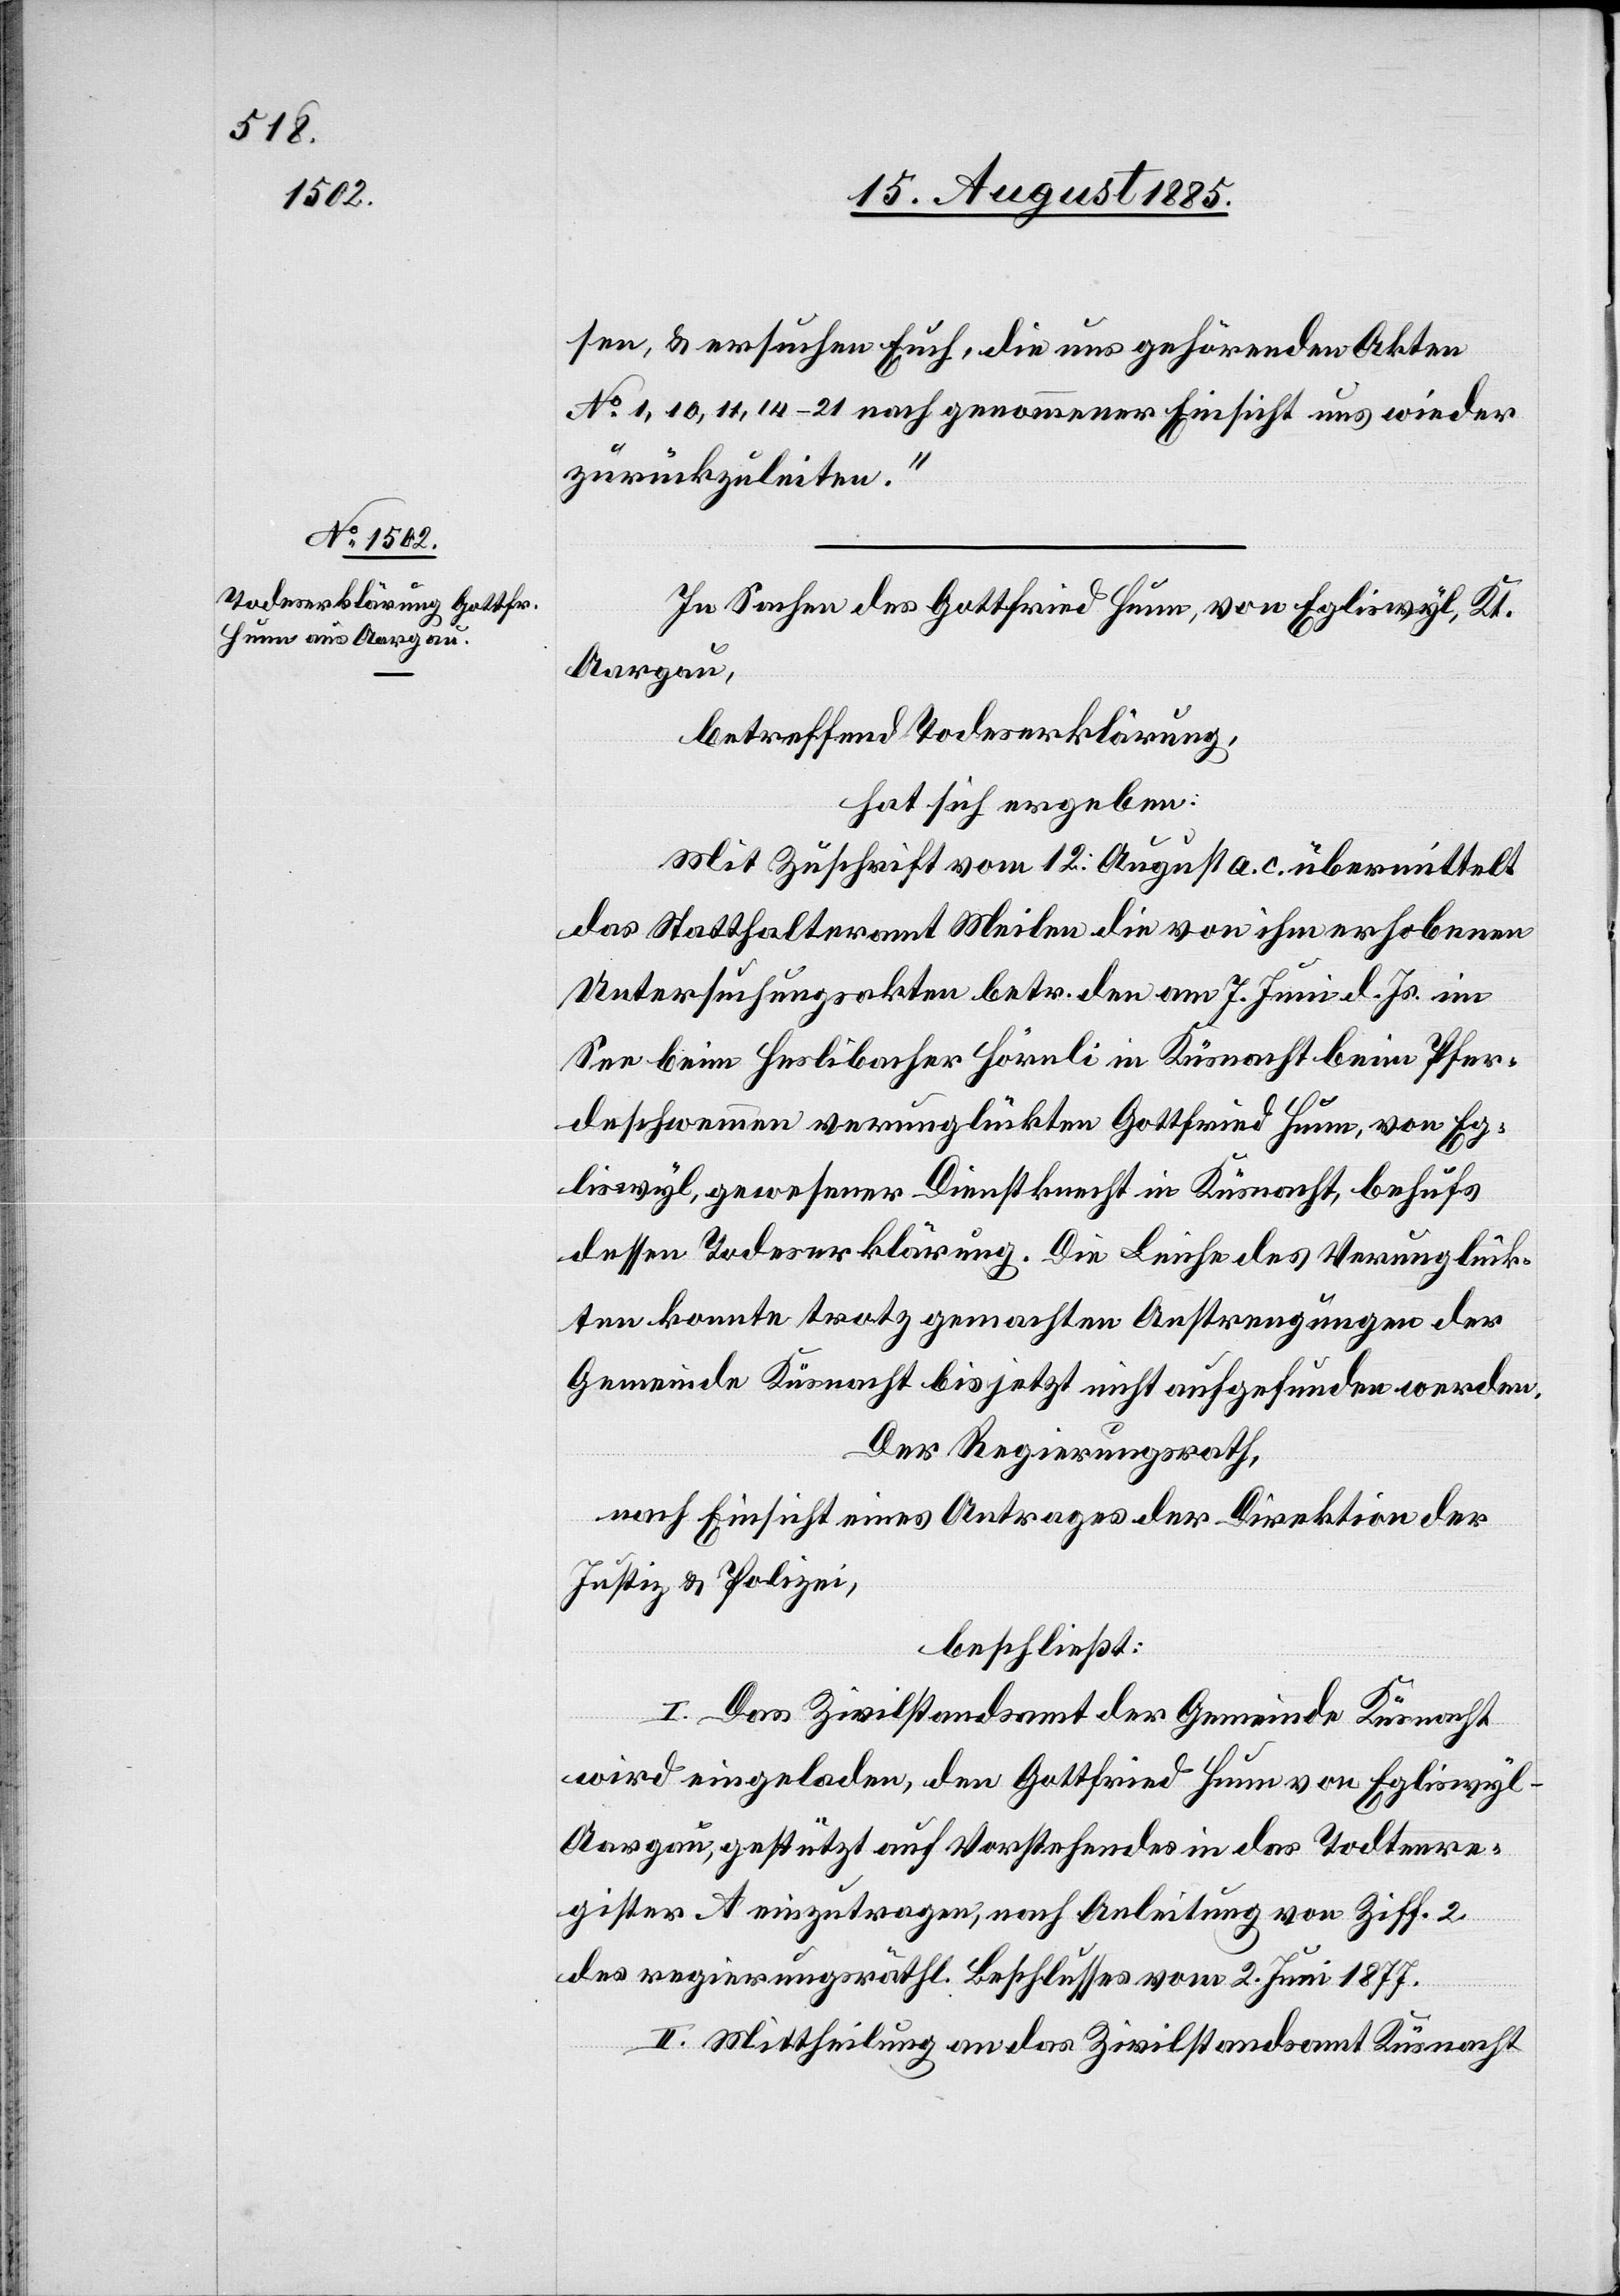
sen, & ersuchen euch, die uns gehörenden Akten
No 1, 10, 11, 14–21 nach genommener Einsicht uns wieder
zurückzuleiten.“
In Sachen des Gottfried Hunn, von Egliswyl, Kt.
Aargau,
betreffend Todeserklärung,
hat sich ergeben:
Mit Zuschrift vom 12. August a. c. übermittelt
das Statthalteramt Meilen die von ihm erhobenen
Untersuchungsakten betr. den am 7. Juni d. Js. im
See beim Heslibacher Hörnli in Küsnacht beim Pfer¬
deschwemmen verunglückten Gottfried Hunn, von Eg¬
liswyl, gewesener Dienstknecht in Küsnacht, behufs
dessen Todeserklärung. Die Leiche des Verunglück¬
ten konnte trotz gemachten Anstrengungen der
Gemeinde Küsnacht bis jetzt nicht aufgefunden werden.
Der Regierungsrath,
nach Einsicht eines Antrages der Direktion der
Justiz & Polizei,
beschließt:
I. Das Zivilstandsamt der Gemeinde Küsnacht
wird eingeladen, den Gottfried Hunn von Egliswyl
Aargau, gestützt auf Vorstehendes in das Todtenre¬
gister A einzutragen, nach Anleitung von Ziff. 2
des regierungsräthl. Beschlusses vom 2. Juni 1877.
II. Mittheilung an das Zivilstandsamt Küsnacht